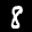
Label: 8